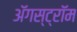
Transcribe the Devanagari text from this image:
ॲगस्ट्रॉम